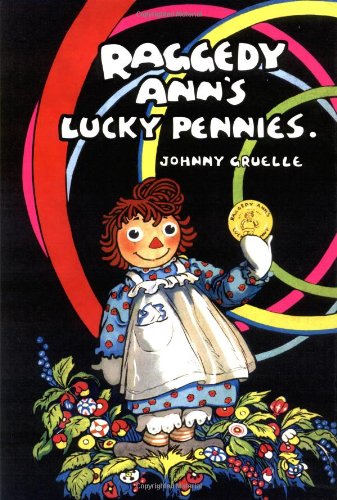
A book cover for Raggedy Ann's Lucky Pennies; Johnny Gruelle; Children's Books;